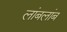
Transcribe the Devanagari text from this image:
लांबलांब